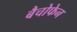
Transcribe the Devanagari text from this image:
बैचोफेन